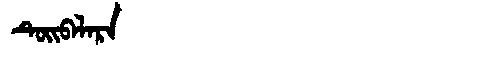
Manchu: ᡨᡠᡳᠪᠠᠯᠠᡵᠠ
Romanization: TUIBALARA